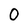
Character: 0